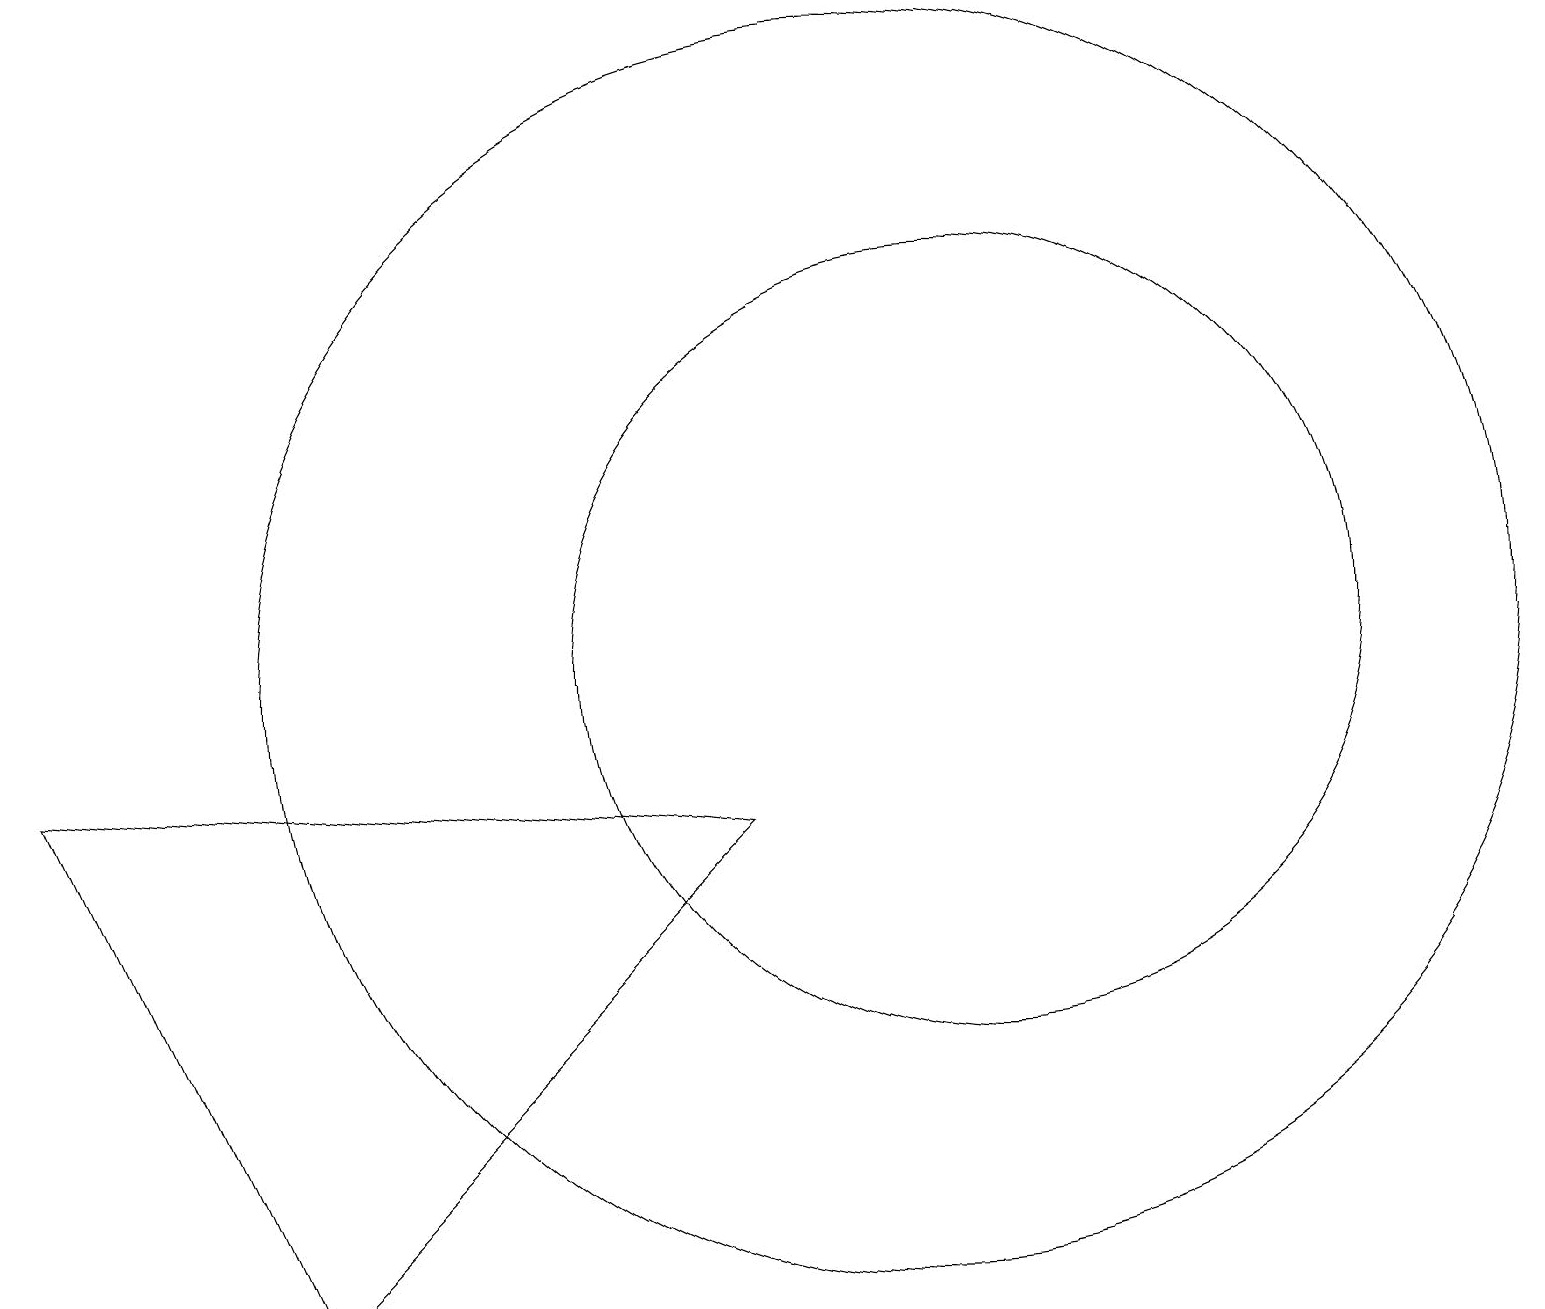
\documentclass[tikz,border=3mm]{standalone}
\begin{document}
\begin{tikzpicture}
\draw (9,8) -- (3,2) -- (0,9) -- cycle;
\draw (11,10) circle (8);
\draw (12,10) circle (0);
\draw (12,10) circle (5);
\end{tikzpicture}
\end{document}